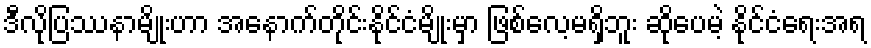
ဒီလိုပြဿနာမျိုးဟာ အနောက်တိုင်းနိုင်ငံမျိုးမှာ ဖြစ်လေ့မရှိဘူး ဆိုပေမဲ့ နိုင်ငံရေးအရ